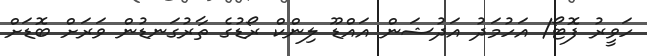
ހަވީރު ފޮޓޯ/ އަހުމަދު އަދުޝަން އައްޑޫ ލިންކް ރޯޑުގެ ތާރުގަނޑުން ވަރަށް ބޮޑަށް